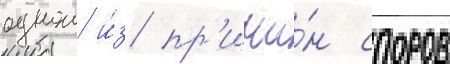
однои и́з пр'ичи́н споров